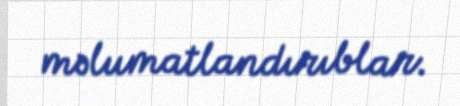
məlumatlandırıblar.